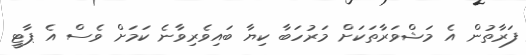
ފަރާތުން އެ މަޝްވަރާތަކަށް މަރުހަބާ ކިޔާ ބައިވެރިވާނެ ކަމަށް ވެސް އެ ޕާޓީ